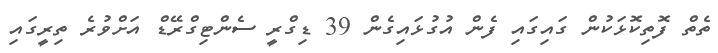
ތެތް ފޮތިކޮޅަކުން ގައިގައި ފެން އުގުޅައިގެން 39 ޑިގްރީ ސެންޓިގްރޭޑް އަށްވުރެ ތިރީގައި